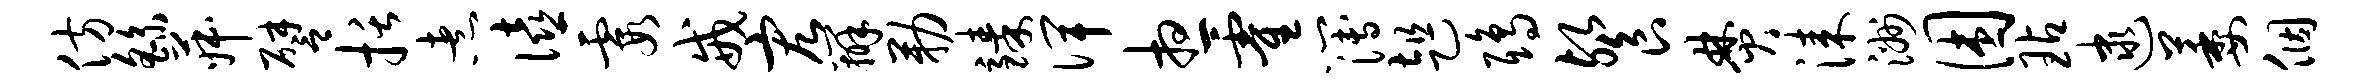
仿繇菽譬括煮僖霞戒宏辨勒臻俾想霍簿趄鸱餐焚漆洲困玷逮萎个